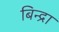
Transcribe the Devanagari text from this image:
बिन्द्रा